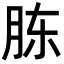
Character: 胨